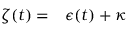
\begin{array} { r l } { \zeta ( t ) = } & { { } \epsilon ( t ) + \kappa } \end{array}